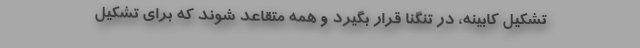
تشکیل کابینه، در تنگنا قرار بگیرد و همه متقاعد شوند که برای تشکیل